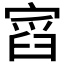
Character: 𡩹